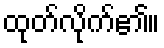
ထုတ်လိုက်၏။